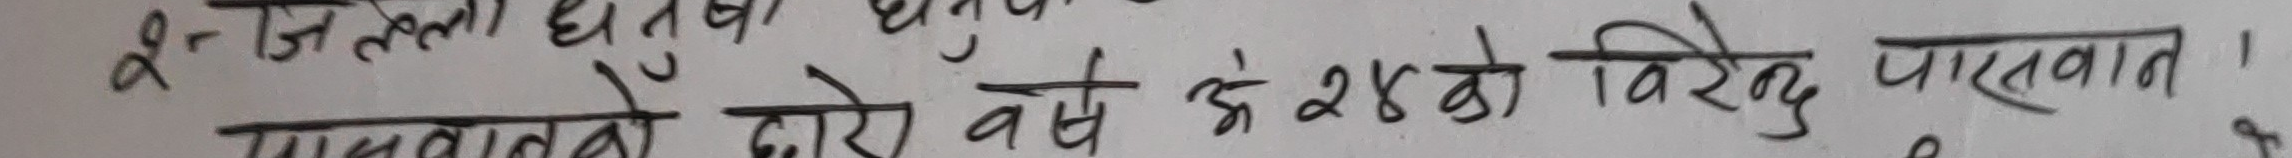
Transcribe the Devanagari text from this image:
पारलनी दोस्रो वर्ष अं २४को विरुद पारलवत ।